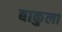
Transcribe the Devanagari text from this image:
बाकुला